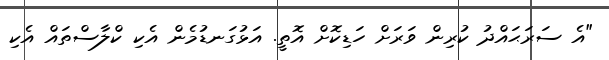
"އެ ސަރަޙައްދު ކުރިން ވަރަށް ހަޑިކޮށް އޮތީ. އަޅުގަނޑުމެން އެކި ކްލާސްތައް އެކި